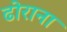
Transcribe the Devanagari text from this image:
ढोराना